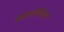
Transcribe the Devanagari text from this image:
खासगीरीत्या